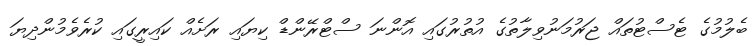
ބެލުމުގެ ޓެސްޓުތައް ޖަރުމަނުވިލާތުގެ އުތުރުގައި އޮންނަ ސްޓްރޭންޑް ކިޔައި ރަށެއް ކައިރީގައި ކުރެވެމުންދިޔަ